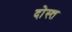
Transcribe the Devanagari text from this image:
दोस्त्त